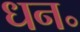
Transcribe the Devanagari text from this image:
धन॰